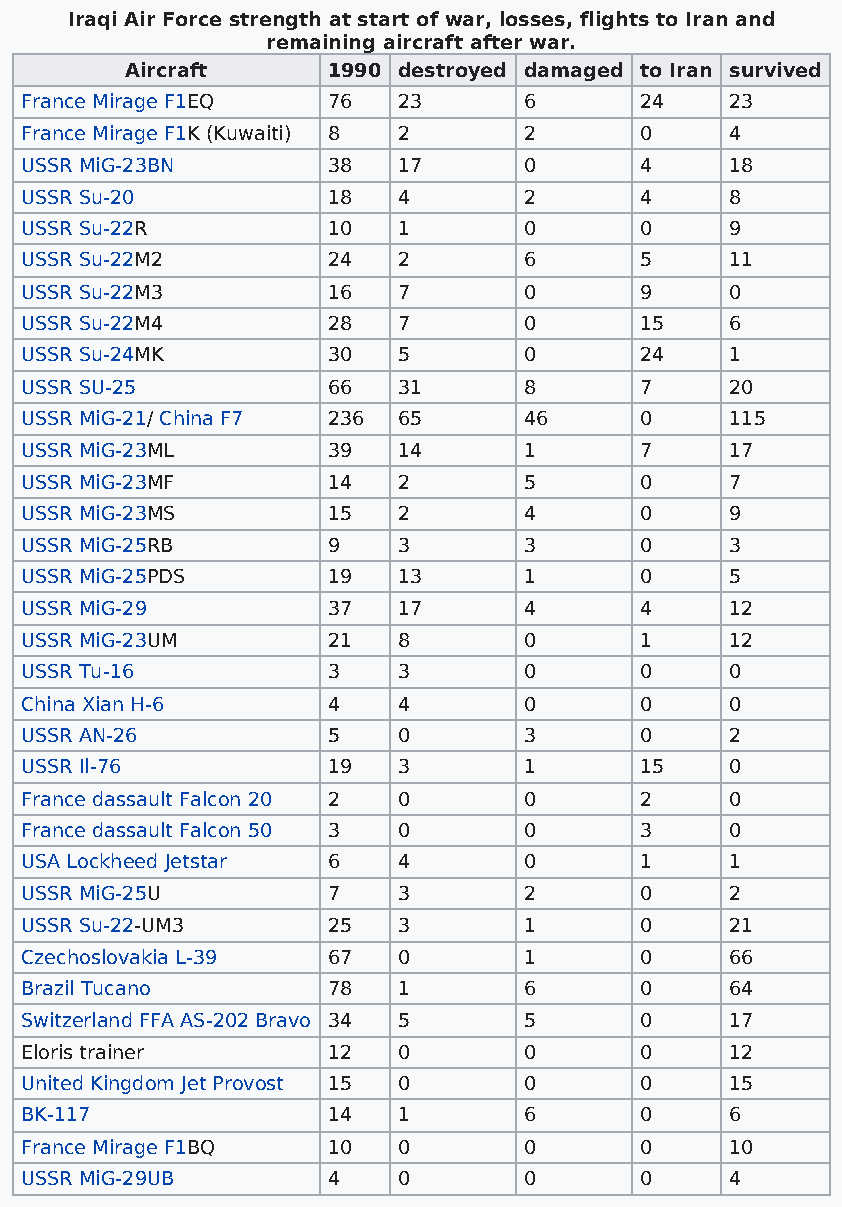
Iraqi Air Force strength at start of war, losses, flights to Iran and
 remaining aircraft after war.
 Aircraft      1990 destroyed damaged to Iran survived
 France Mirage F1EQ   76  23       6      24    23
 France Mirage F1K (Kuwaiti) 8 2   2      0     4
 USSR MiG-23BN        38  17       0      4     18
 USSR Su-20           18  4        2      4     8
 USSR Su-22R          10  1        0      0     9
 USSR Su-22M2         24  2        6      5     11
 USSR Su-22M3         16  7        0      9     0
 USSR Su-22M4         28  7        0      15    6
 USSR Su-24MK         30  5        0      24    1
 USSR SU-25           66  31       8      7     20
 USSR MiG-21/ China F7 236 65      46     0     115
 USSR MiG-23ML        39  14       1      7     17
 USSR MiG-23MF        14  2        5      0     7
 USSR MiG-23MS        15  2        4      0     9
 USSR MiG-25RB        9   3        3      0     3
 USSR MiG-25PDS       19  13       1      0     5
 USSR MiG-29          37  17       4      4     12
 USSR MiG-23UM        21  8        0      1     12
 USSR Tu-16           3   3        0      0     0
 China Xian H-6       4   4        0      0     0
 USSR AN-26           5   0        3      0     2
 USSR Il-76           19  3        1      15    0
 France dassault Falcon 20 2 0     0      2     0
 France dassault Falcon 50 3 0     0      3     0
 USA Lockheed Jetstar 6   4        0      1     1
 USSR MiG-25U         7   3        2      0     2
 USSR Su-22-UM3       25  3        1      0     21
 Czechoslovakia L-39  67  0        1      0     66
 Brazil Tucano        78  1        6      0     64
 Switzerland FFA AS-202 Bravo 34 5 5      0     17
 Eloris trainer       12  0        0      0     12
 United Kingdom Jet Provost 15 0   0      0     15
 BK-117               14  1        6      0     6
 France Mirage F1BQ   10  0        0      0     10
 USSR MiG-29UB        4   0        0      0     4